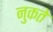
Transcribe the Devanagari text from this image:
नुकते